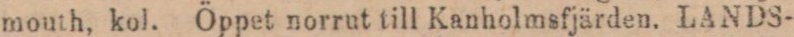
mouth, kol. Öppet norrut till Kanholmsfjärden. LANDS-